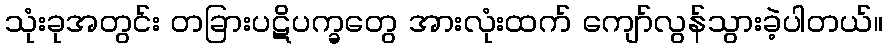
သုံးခုအတွင်း တခြားပဋိပက္ခတွေ အားလုံးထက် ကျော်လွန်သွားခဲ့ပါတယ်။